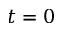
t = 0